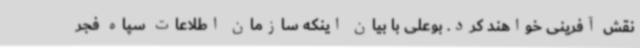
نقش آفرینی خواهند کرد. بوعلی با بیان اینکه سازمان اطلاعات سپاه فجر